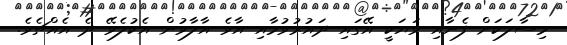
މިސާލަކަށް ފެނާއި ވަޔަކީ އޭގައި ދައުރުވުމާއި އާވެ އާލާވުން އެކުލެވޭ ދެ އެއްޗެވެ.